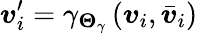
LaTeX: \boldsymbol{v}_{i}^{\prime}=\gamma_{\boldsymbol{\Theta}_{\gamma}}\left(\boldsymbol{v}_{i},{\bar{\boldsymbol{v}}}_{i}\right)